Plague in India, 1896, 1897 - Volume 2
Year: 1896
Disease focus: Plague
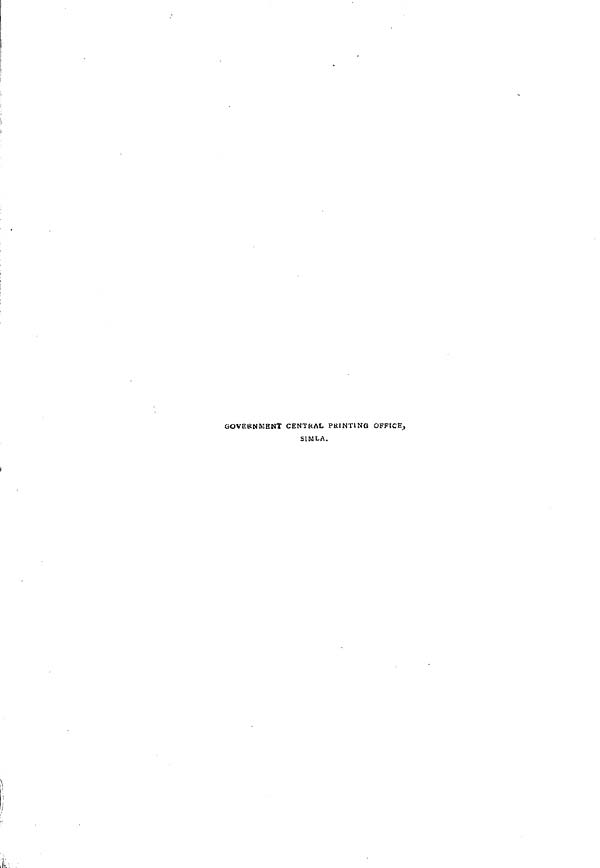
GOVERNMENT CENTRAL PRINTING OFFICE,
SIMLA.